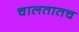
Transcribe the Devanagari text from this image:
चालतातच